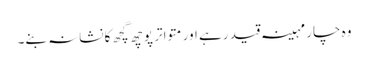
وہ چار مہینہ قید رہے اور متواتر پوچھ گچھ کا نشانہ بنے۔